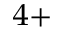
^ { 4 + }